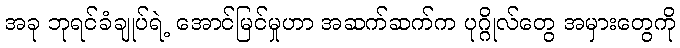
အခု ဘုရင်ခံချုပ်ရဲ့ အောင်မြင်မှုဟာ အဆက်ဆက်က ပုဂ္ဂိုလ်တွေ အမှားတွေကို